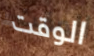
الوقت